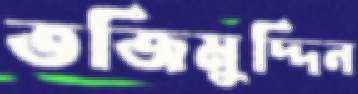
তজিমুদ্দিন